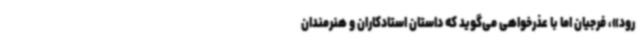
رود»، فرجیان اما با عذرخواهی می‌گوید که داستان استادکاران و هنرمندان